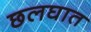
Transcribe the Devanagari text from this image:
छलघात